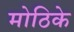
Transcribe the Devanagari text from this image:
मोठिके